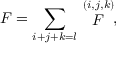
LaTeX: F = \sum _ { i + j + k = l } \stackrel { ( i , j , k ) } { F } ,